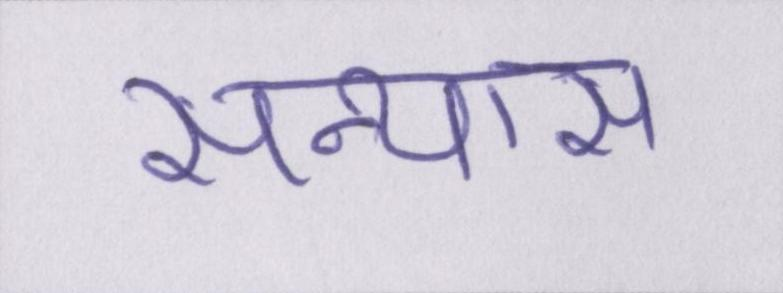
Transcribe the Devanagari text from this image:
सन्यास